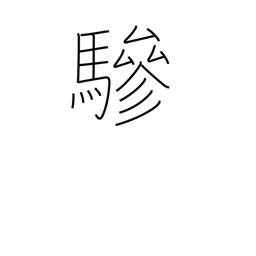
Meaning: extra driver or horse